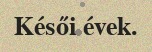
Késői évek.